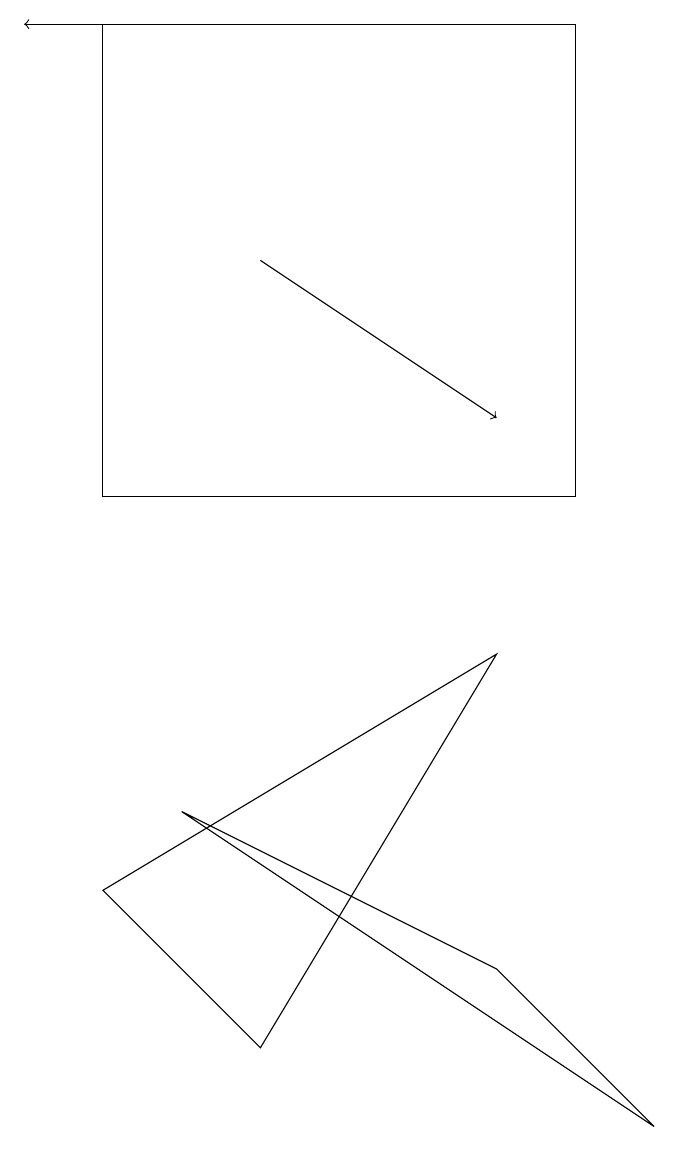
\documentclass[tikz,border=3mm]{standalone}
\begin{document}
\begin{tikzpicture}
\draw[->] (4,14) -- (7,12);
\draw (9,3) -- (7,5) -- (3,7) -- cycle;
\draw (4,4) -- (7,9) -- (2,6) -- cycle;
\draw[->] (8,17) -- (1,17);
\draw (8,11) rectangle (2,17);
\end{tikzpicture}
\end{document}